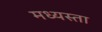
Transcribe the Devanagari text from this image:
मध्‍यस्ता